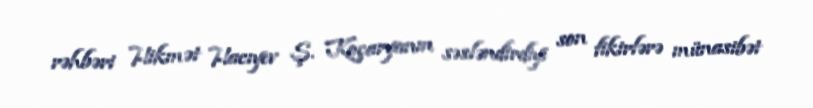
rəhbəri Hikmət Hacıyev Ş. Koçaryanın səsləndirdiyi son fikirlərə münasibət